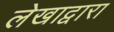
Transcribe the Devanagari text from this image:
लेखाद्वारा